Reports on military cantonments and civil stations in the Presidency of Bombay inspected by the Sanitary Commissioner in the years 1875 and 1876
Year: 1875
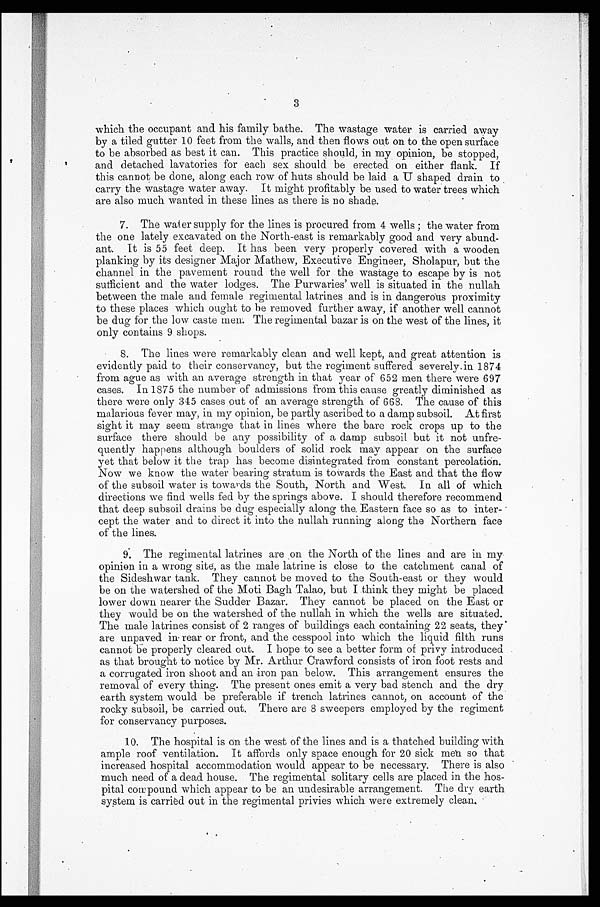
3
which the occupant and his family bathe. The wastage water is carried away
by a tiled gutter 10 feet from the walls, and then flows out on to the open surface
to be absorbed as best it can. This practice should, in my opinion, be stopped,
and detached lavatories for each sex should be erected on either flank. If
this cannot be done, along each row of huts should be laid a U shaped drain to
carry the wastage water away. It might profitably be used to water trees which
are also much wanted in these lines as there is no shade.
7. The water supply for the lines is procured from 4 wells ; the water from
bthe one lately excavated on the North-east is remarkably good and very abund-
ant. It is 55 feet deep. It has been very properly covered with a wooden
planking by its designer Major Mathew, Executive Engineer, Sholapur, but the
channel in the pavement round the well for the wastage to escape by is not
sufficient and the water lodges. The Purwaries' well is situated in the nullah
between the male and female regimental latrines and is in dangerous proximity
to these places which ought to he removed further away, if another well cannot
be dug for the low caste men, The regimental bazar is on the west of the lines, it
only contains 9 shops.
8. The lines were remarkably clean and well kept, and great attention is
evidently paid to their conservancy, but the regiment suffered severely in 1874
from ague as with an average strength in that year of 652 men there were 697
cases. In 1875 the number of admissions from this cause greatly diminished as
there were only 345 cases out of an average strength of 668. The cause of this
malarious fever may, in my opinion, be partly ascribed to a damp subsoil. At first
sight it may seem strange that in lines where the bare rock crops up to the
surface there should be any possibility of a damp subsoil but it not unfre-
quently happens although boulders of solid rock may appear on the surface
yet that below it the trap has become disintegrated from constant percolation.
Now we know the water bearing stratum is towards the East and that the flow
of the subsoil water is towards the South, North and West. In all of which
directions we find wells fed by the springs above. I should therefore recommend
that deep subsoil drains be dug especially along the. Eastern face so as to inter-
cept the water and to direct it into the nullah running along the Northern face
of the lines.
9. The regimental latrines are on the North of the lines and are in my
opinion in a wrong site, as the male latrine is close to the catchment canal of
the Sideshwar tank. They cannot be moved to the South-east or they would
be on the watershed of the Moti Bagh Talao, but I think they might be placed
lower down nearer the Sudder Bazar. They cannot be placed on the East or
they would be on the watershed of the nullah in which the wells are situated.
The male latrines consist of 2 ranges of buildings each containing 22 seats, they
are unpaved in rear or front, and the cesspool into which the liquid filth runs
cannot be properly cleared out. I hope to see a better form of privy introduced
as that brought to notice by Mr. Arthur Crawford consists of iron foot rests and
a corrugated iron shoot and an iron pan below. This arrangement ensures the
removal of every thing. The present ones emit a very bad stench and the dry
earth system would be preferable if trench latrines cannot, on account of the
rocky subsoil, be carried out. There are 8 sweepers employed by the regiment
for conservancy purposes.
10. The hospital is on the west of the lines and is a thatched building with
ample roof ventilation. It affords only space enough for 20 sick men so that
increased hospital accommodation would appear to be necessary. There is also
much need of a dead house. The regimental solitary cells are placed in the hos-
pital compound which appear to be an undesirable arrangement. The dry earth
system is carried out in the regimental privies which were extremely clean.